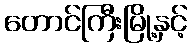
တောင်ကြီးမြို့နှင့်